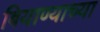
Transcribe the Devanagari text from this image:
बियाण्याच्या